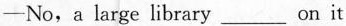
—No,a large library ______ on it